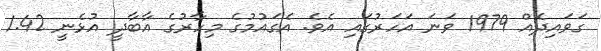
ގަވައިދެއް 1979 ވަނަ އަހަރުގައި އެވެ. އެގައުމުގެ މިހާރުގެ އާބާދީ އުޅެނީ 1.42